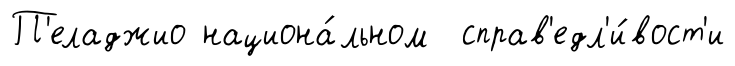
П'еладжио национа́льном справ'едл'и́вост'и